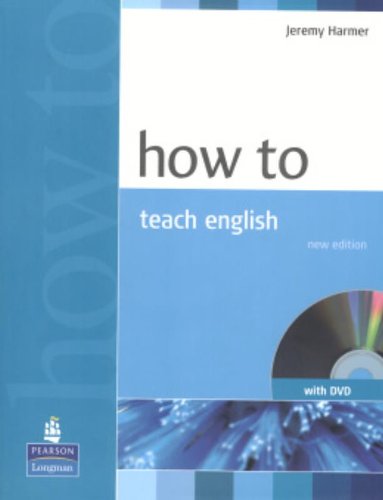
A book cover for How To Teach English (with DVD); Jeremy Harmer; Test Preparation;